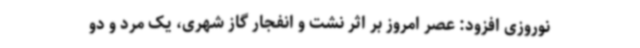
نوروزی افزود: عصر امروز بر اثر نشت و انفجار گاز شهری، یک مرد و دو